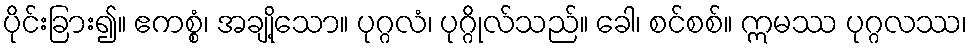
ပိုင်းခြား၍။ ဧကစ္စံ၊ အချို့သော။ ပုဂ္ဂလံ၊ ပုဂ္ဂိုလ်သည်။ ခေါ၊ စင်စစ်။ ဣမဿ ပုဂ္ဂလဿ၊